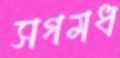
সগমধ